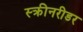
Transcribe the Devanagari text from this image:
स्क्रीनरीडर